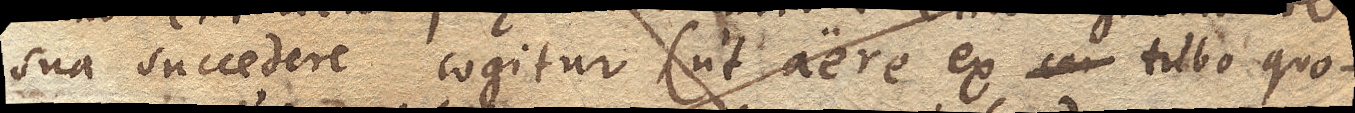
sua succedere cogitur (ut aere ex tubo quo-